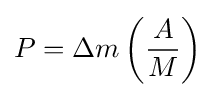
P=\Delta {m}\left({\frac {A}{M}}\right)